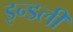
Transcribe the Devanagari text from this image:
इन्डली